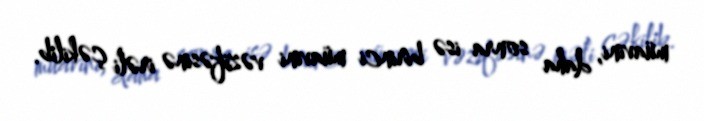
müavini, daha sonra isə birinci müavini vəzifəsinə irəli çəkilib.